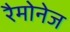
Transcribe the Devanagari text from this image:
रैमोनेज